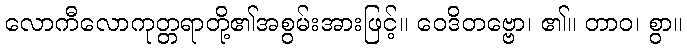
လောကီလောကုတ္တရာတို့၏အစွမ်းအားဖြင့်။ ဝေဒိတဗ္ဗော၊ ၏။ တာဝ၊ စွာ။